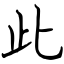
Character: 此